Document type: Emphyteutic lease
Year: 1316
Scribe: Guillem de Vila
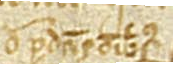
de predictis omnibus